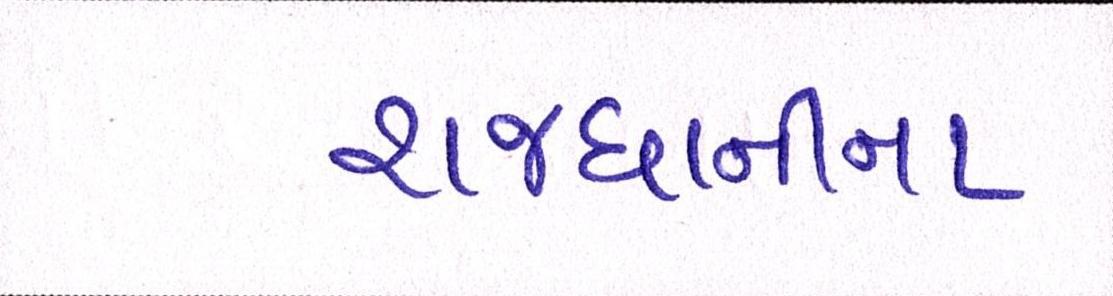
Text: રાજધાનીના